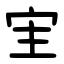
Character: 宔